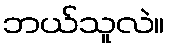
ဘယ်သူလဲ။